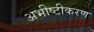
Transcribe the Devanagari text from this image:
अभीष्टीकरण